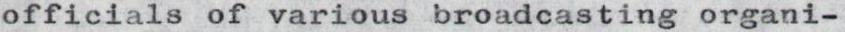
officials of various broadcasting organi-